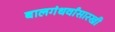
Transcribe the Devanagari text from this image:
बालगंधर्वांसारखी